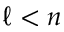
\ell < n